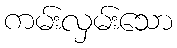
ကမ်းလှမ်းသော